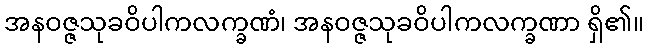
အနဝဇ္ဇသုခဝိပါကလက္ခဏံ၊ အနဝဇ္ဇသုခဝိပါကလက္ခဏာ ရှိ၏။